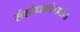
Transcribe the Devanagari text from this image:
संशोधकांमधील